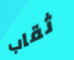
ثقاب